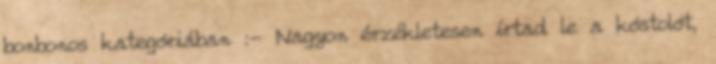
bonbonos kategóriában :- Nagyon érzékletesen írtad le a kóstolót,